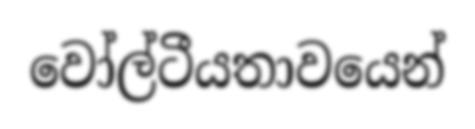
වෝල්ටීයතාවයෙන්